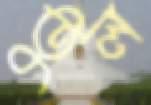
তুল